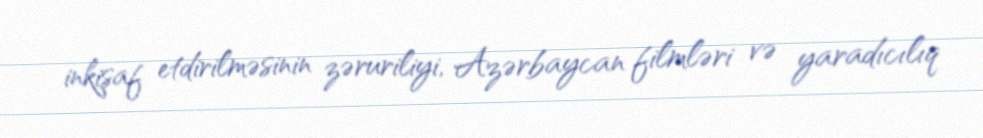
inkişaf etdirilməsinin zəruriliyi, Azərbaycan filmləri və yaradıcılıq